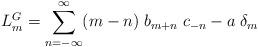
LaTeX: \begin{align*}L_m^G=\sum_{n=-\infty}^{\infty}(m-n)\;b_{m+n}\; c_{-n}- a\; \delta_{m}\end{align*}